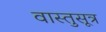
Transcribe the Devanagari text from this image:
वास्तुसूत्र